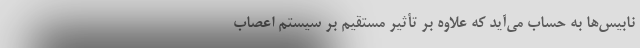
نابیس‌ها به‌ حساب می‌آید که علاوه بر تأثیر مستقیم بر سیستم اعصاب